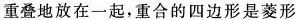
重叠地放在一起，重合的四边形是菱形